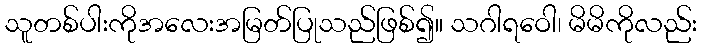
သူတစ်ပါးကိုအလေးအမြတ်ပြုသည်ဖြစ်၍။ သဂါရဝေါ၊ မိမိကိုလည်း